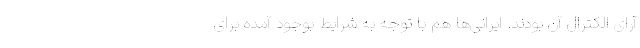
آرای الکترال آن بودند. ایرانی‌ها هم با توجه به شرایط بوجود آمده برای